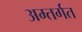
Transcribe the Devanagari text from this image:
अम्तर्गत